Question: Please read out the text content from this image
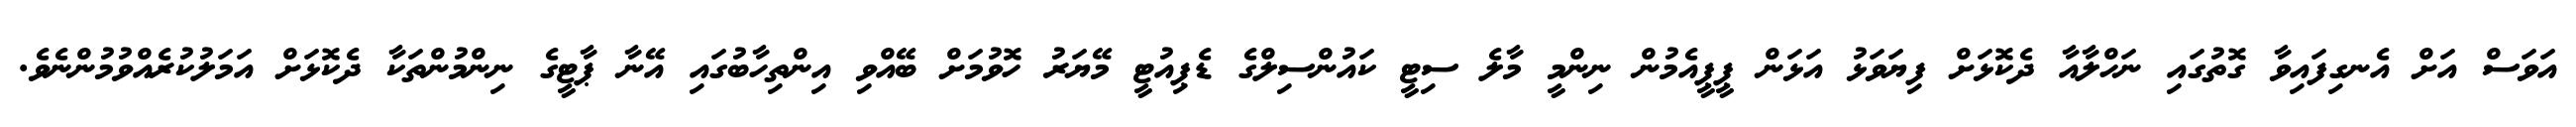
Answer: އަވަސް އަށް އެނގިފައިވާ ގޮތުގައި ނަހްލާއާ ދެކޮޅަށް ފިޔަވަޅު އަޅަން ޕީޕީއެމުން ނިންމީ މާލެ ސިޓީ ކައުންސިލްގެ ޑެޕިއުޓީ މޭޔަރު ހޮވުމަށް ބޭއްވި އިންތިހާބުގައި އޭނާ ޕާޓީގެ ނިންމުންތަކާ ދެކޮޅަށް އަމަލުކުރެއްވުމުންނެވެ.